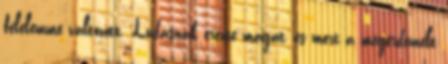
félelemmé változott. Ludasnak érezte magát, és mert a megérdemelt